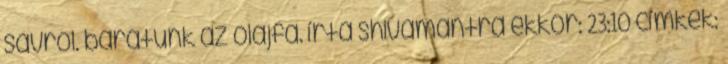
savról. barátunk az olajfa. írta shivamantra ekkor: 23:10 címkék: